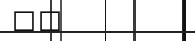
١٩